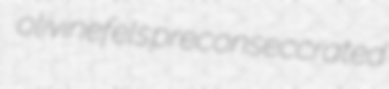
olivinefels preconseccrated